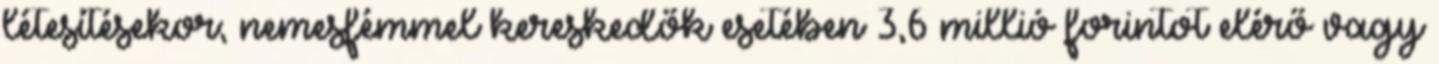
létesítésekor; nemesfémmel kereskedők esetében 3,6 millió forintot elérő vagy